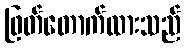
ဖြတ်တောက်ထားသည်